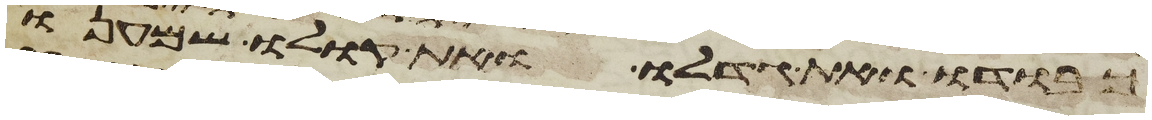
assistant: כבודו ואת גדלו ואת קולו שמענו